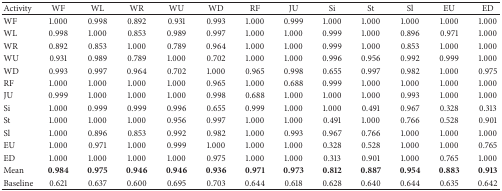
<table><thead><tr><td><b>Activity</b></td><td><b>WF</b></td><td><b>WL</b></td><td><b>WR</b></td><td><b>WU</b></td><td><b>WD</b></td><td><b>RF</b></td><td><b>JU</b></td><td><b>Si</b></td><td><b>St</b></td><td><b>Sl</b></td><td><b>EU</b></td><td><b>ED</b></td></tr></thead><tbody><tr><td>WF</td><td>1.000</td><td>0.998</td><td>0.892</td><td>0.931</td><td>0.993</td><td>1.000</td><td>0.999</td><td>1.000</td><td>1.000</td><td>1.000</td><td>1.000</td><td>1.000</td></tr><tr><td>WL</td><td>0.998</td><td>1.000</td><td>0.853</td><td>0.989</td><td>0.997</td><td>1.000</td><td>1.000</td><td>0.999</td><td>1.000</td><td>0.896</td><td>0.971</td><td>1.000</td></tr><tr><td>WR</td><td>0.892</td><td>0.853</td><td>1.000</td><td>0.789</td><td>0.964</td><td>1.000</td><td>1.000</td><td>0.999</td><td>1.000</td><td>0.853</td><td>1.000</td><td>1.000</td></tr><tr><td>WU</td><td>0.931</td><td>0.989</td><td>0.789</td><td>1.000</td><td>0.702</td><td>1.000</td><td>1.000</td><td>0.996</td><td>0.956</td><td>0.992</td><td>0.999</td><td>1.000</td></tr><tr><td>WD</td><td>0.993</td><td>0.997</td><td>0.964</td><td>0.702</td><td>1.000</td><td>0.965</td><td>0.998</td><td>0.655</td><td>0.997</td><td>0.982</td><td>1.000</td><td>0.975</td></tr><tr><td>RF</td><td>1.000</td><td>1.000</td><td>1.000</td><td>1.000</td><td>0.965</td><td>1.000</td><td>0.688</td><td>0.999</td><td>1.000</td><td>1.000</td><td>1.000</td><td>1.000</td></tr><tr><td>JU</td><td>0.999</td><td>1.000</td><td>1.000</td><td>1.000</td><td>0.998</td><td>0.688</td><td>1.000</td><td>1.000</td><td>1.000</td><td>0.993</td><td>1.000</td><td>1.000</td></tr><tr><td>Si</td><td>1.000</td><td>0.999</td><td>0.999</td><td>0.996</td><td>0.655</td><td>0.999</td><td>1.000</td><td>1.000</td><td>0.491</td><td>0.967</td><td>0.328</td><td>0.313</td></tr><tr><td>St</td><td>1.000</td><td>1.000</td><td>1.000</td><td>0.956</td><td>0.997</td><td>1.000</td><td>1.000</td><td>0.491</td><td>1.000</td><td>0.766</td><td>0.528</td><td>0.901</td></tr><tr><td>Sl</td><td>1.000</td><td>0.896</td><td>0.853</td><td>0.992</td><td>0.982</td><td>1.000</td><td>0.993</td><td>0.967</td><td>0.766</td><td>1.000</td><td>1.000</td><td>1.000</td></tr><tr><td>EU</td><td>1.000</td><td>0.971</td><td>1.000</td><td>0.999</td><td>1.000</td><td>1.000</td><td>1.000</td><td>0.328</td><td>0.528</td><td>1.000</td><td>1.000</td><td>0.765</td></tr><tr><td>ED</td><td>1.000</td><td>1.000</td><td>1.000</td><td>1.000</td><td>0.975</td><td>1.000</td><td>1.000</td><td>0.313</td><td>0.901</td><td>1.000</td><td>0.765</td><td>1.000</td></tr><tr><td>Mean</td><td><b>0.984</b></td><td><b>0.975</b></td><td><b>0.946</b></td><td><b>0.946</b></td><td><b>0.936</b></td><td><b>0.971</b></td><td><b>0.973</b></td><td><b>0.812</b></td><td><b>0.887</b></td><td><b>0.954</b></td><td><b>0.883</b></td><td><b>0.913</b></td></tr><tr><td>Baseline</td><td>0.621</td><td>0.637</td><td>0.600</td><td>0.695</td><td>0.703</td><td>0.644</td><td>0.618</td><td>0.628</td><td>0.640</td><td>0.644</td><td>0.635</td><td>0.642</td></tr></tbody></table>